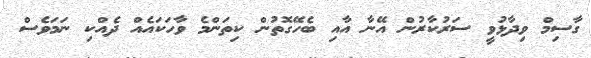
ގާސިމް ވިދާޅުވީ ސަރުކާރުން އޭނާ އާއި ބެހޭގޮތުން ކިތަންމެ ވާހަކައެއް ދެއްކި ނަމަވެސް